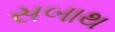
સબાથ